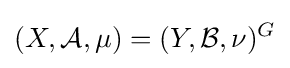
(X,{\mathcal {A}},\mu )=(Y,{\mathcal {B}},\nu )^{G}